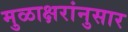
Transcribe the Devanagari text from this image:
मुळाक्षरांनुसार